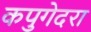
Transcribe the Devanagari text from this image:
कपुगेदरा